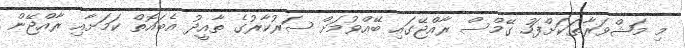
މި މަޝްވަރާތަކަށްފަހު ގޭމްސް ރާއްޖޭގައި ބޭއްވުމަށް ސަރުކާރުގެ ތާއީދު އެބައޮތް ކަމަށާއި ރާއްޖޭން